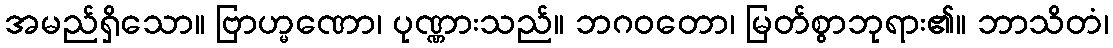
အမည်ရှိသော။ ဗြာဟ္မဏော၊ ပုဏ္ဏားသည်။ ဘဂဝတော၊ မြတ်စွာဘုရား၏။ ဘာသိတံ၊